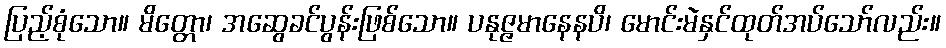
ပြည့်စုံသော။ မိတ္တော၊ အဆွေခင်ပွန်းဖြစ်သော။ ပနုဇ္ဇမာနေနပိ၊ မောင်းမဲနှင်ထုတ်အပ်သော်လည်း။